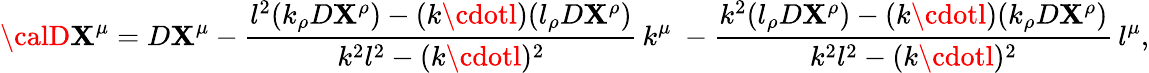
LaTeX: {\calD}\mathbf{X}^{\mu}=D\mathbf{X}^{\mu}-\frac{{l^{2}(k_{\rho}D\mathbf{X}^{\rho})-(k\cdotl)(l_{\rho}D\mathbf{X}^{\rho})}}{{k^{2}l^{2}-(k\cdotl)^{2}}}\, k^{\mu}\ -\frac{{k^{2}(l_{\rho}D\mathbf{X}^{\rho})-(k\cdotl)(k_{\rho}D\mathbf{X}^{\rho})}}{{k^{2}l^{2}-(k\cdotl)^{2}}}\, l^{\mu},